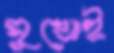
সুখোই